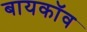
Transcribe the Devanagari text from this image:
बायकॉव